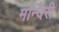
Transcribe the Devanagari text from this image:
मन्दिरी